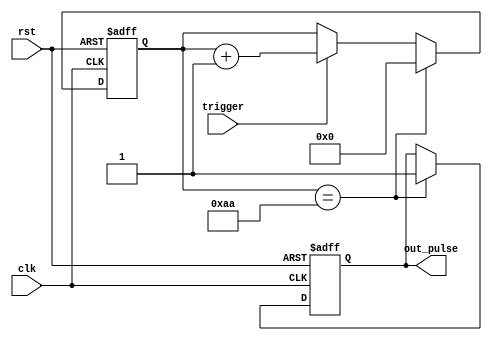
module one_shot_timer(
    input wire clk,        // Clock signal
    input wire rst,        // Reset signal
    input wire trigger,    // Input signal triggering the timer
    output reg out_pulse   // Output pulse signal
);

reg [7:0] counter;         // Counter to count the delay time
reg [7:0] delay_value = 8'b10101010;  // Preset delay value

always @(posedge clk or posedge rst) begin
    if (rst) begin
        counter <= 8'b0; // Reset counter
        out_pulse <= 1'b0; // Reset output pulse signal
    end else begin
        if (trigger) begin
            counter <= counter + 1; // Increment counter on trigger
        end
        
        if (counter == delay_value) begin
            out_pulse <= 1'b1; // Generate pulse signal when counter reaches delay value
            counter <= 8'b0; // Reset counter to start the process again
        end
    end
end

endmodule